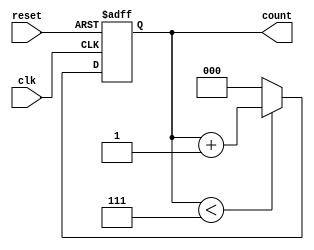
module divide_by_n_counter #(
    parameter N = 8  // Parameter N, must be greater than 1
) (
    input wire clk,      // Clock input
    input wire reset,    // Asynchronous reset input
    output reg [clog2(N)-1:0] count // Output count
);

// Function to calculate the ceiling of log base 2
function integer clog2;
    input integer value;
    begin
        value = value - 1;
        for (clog2 = 0; value > 0; clog2 = clog2 + 1)
            value = value >> 1;
    end
endfunction

// Always block for counter logic
always @(posedge clk or posedge reset) begin
    if (reset) begin
        count <= 0; // Reset the count to zero
    end else begin
        if (count < (N - 1)) begin
            count <= count + 1; // Increment the count
        end else begin
            count <= 0; // Reset the count when reaching N-1
        end
    end
end

endmodule